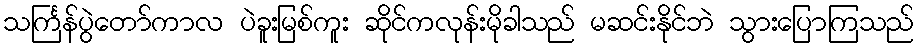
သင်္ကြန်ပွဲတော်ကာလ ပဲခူးမြစ်ကူး ဆိုင်ကလုန်းမိုခါသည် မဆင်းနိုင်ဘဲ သွားပြောကြသည်